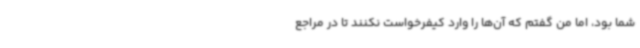
شما بود، اما من گفتم که آن‌ها را وارد کیفرخواست نکنند تا در مراجع